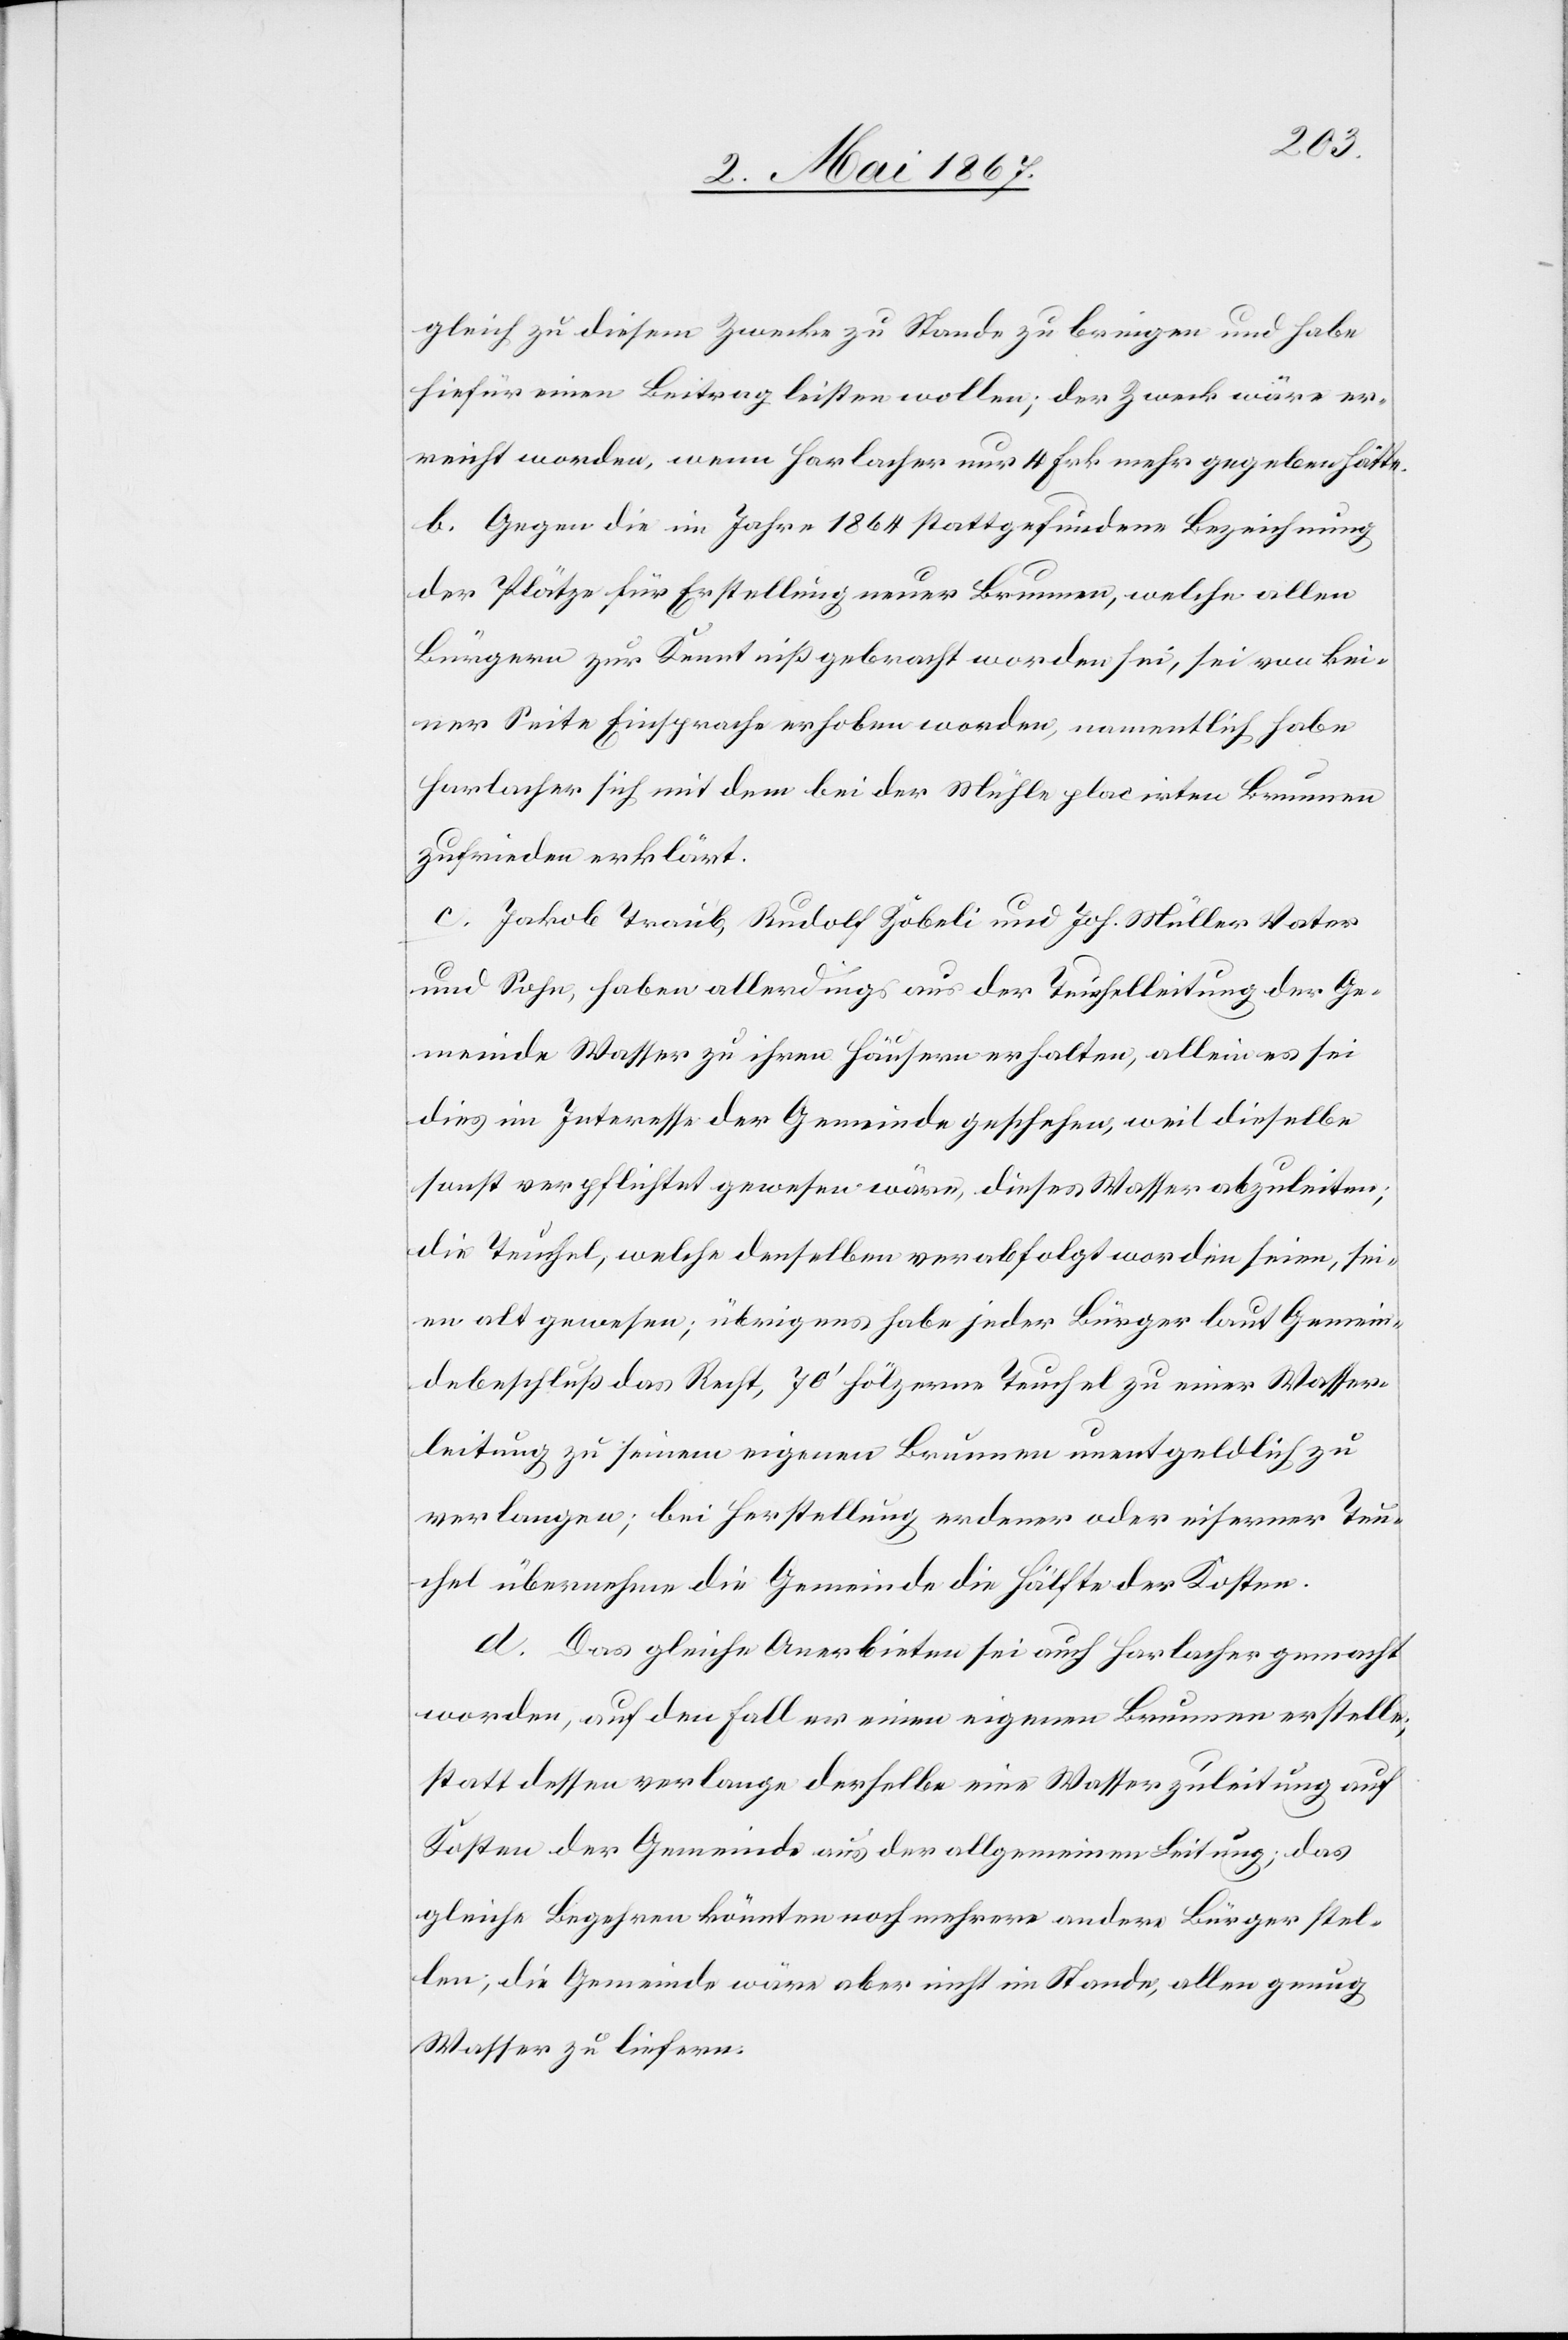
gleich zu diesem Zwecke zu Stande zu bringen und habe
hiefür einen Beitrag leisten wollen; der Zweck wäre er¬
reicht worden, wenn Horlacher nur 4 Frk. mehr gegeben hätte.
b. Gegen die im Jahre 1864 stattgefundene Bezeichnung
der Plätze für Erstellung neuer Brunnen, welche allen
Bürgern zur Kenntniß gebracht worden sei, sei von kei¬
ner Seite Einsprache erhoben worden, namentlich habe
Horlacher sich mit dem bei der Mühle placirten Brunnen
zufrieden erklärt.
c. Jakob Traub, Rudolf Zöbeli und Joh. Müller Vater
und Sohn, haben allerdings aus der Teuchelleitung der Ge¬
meinde Wasser zu ihren Häusern erhalten, allein es sei
dies im Interesse der Gemeinde geschehen, weil dieselbe
sonst verpflichtet gewesen wäre, diesen Wasser abzuleiten;
die Teuchel, welche denselben verabfolgt worden seien, sei¬
en alt gewesen; übrigens habe jeder Bürger laut Gemein¬
debeschluß das Recht, 70’ hölzerne Teuchel zu einer Wasser¬
leitung zu seinem eigenen Brunnen unentgeldlich zu
verlangen; bei Herstellung erdener oder eiserner Teu¬
chel übernehme die Gemeinde die Hälfte der Kosten.
d. Das gleiche Anerbieten sei auch Horlacher gemacht
worden, auf den Fall [daß] er einen eigenen Brunnen erstelle;
statt dessen verlange derselbe eine Wasserzuleitung auf
Kosten der Gemeinde aus der allgemeinen Leitung; das
gleiche Begehren könnten noch mehrere andere Bürger stel¬
len; die Gemeinde wäre aber nicht im Stande, allen genug
Wasser zu liefern.